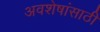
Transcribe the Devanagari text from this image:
अवशेषांसाठी